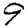
Digit: 9